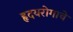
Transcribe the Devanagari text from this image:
हृदयरोगाचे